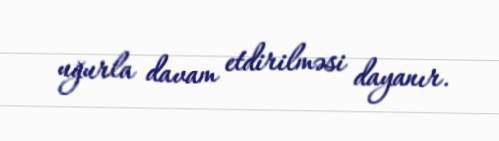
uğurla davam etdirilməsi dayanır.